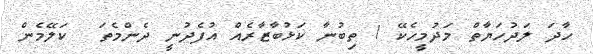
ހާދަ ލަދުހަޔާތް މަދުމީހެކޭ ! ތިބުނާ ކަޅުބާޒާރެއް އުފެދުނީ ދެންމެތަ  ކަލޭމެން